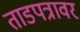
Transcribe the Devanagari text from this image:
ताडपत्रावर